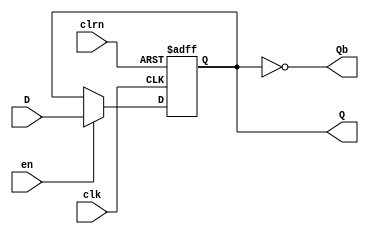
module dff(
		output reg Q,
		output Qb,
		input clk,clrn, D,
  		input en
);
  always @ (posedge clk or posedge clrn)begin //transição positiva do clock
    if (clrn)  //após subida e descida do reset, o circuito passa a funcionar sequencialmente
         Q <= 1'b0;
  	else if(en)
         Q <= D;
  end
  assign Qb=~Q;

endmodule
module register #(parameter Size=8)(
  		output reg [Size-1:0] Q,
		input clk, 
		rstn, 
  		input [Size-1:0] D,
  		input en
);

   genvar i;
   generate
     for (i=0; i<Size; i=i+1)
         begin: row
           dff ui (.Q(Q[i]), .Qb(), .clk(clk), .clrn(rstn), .D(D[i]), .en(en));
         end
   endgenerate

endmodule